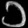
Digit: ၁